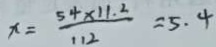
x = \frac { 5 4 \times 1 1 . 2 } { 1 1 2 } = 5 . 4